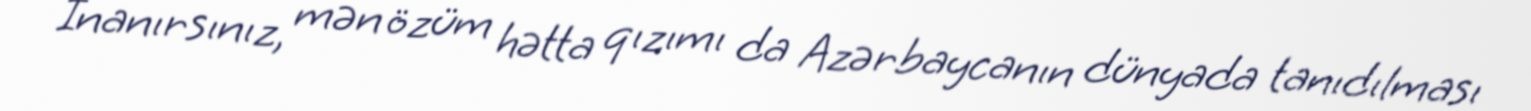
İnanırsınız, mən özüm hətta qızımı da Azərbaycanın dünyada tanıdılması